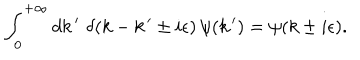
LaTeX: \int _ { 0 } ^ { + \infty } d k \, ^ { \prime } \, \, \delta ( k - k \, ^ { \prime } \pm i \epsilon ) \, \psi ( k \, ^ { \prime } ) = \psi ( k \pm i \epsilon ) .